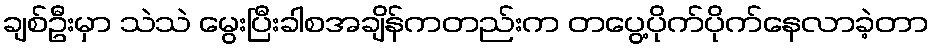
ချစ်ဦးမှာ သဲသဲ မွေးပြီးခါစအချိန်ကတည်းက တပွေ့ပိုက်ပိုက်နေလာခဲ့တာ